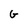
Character: G